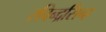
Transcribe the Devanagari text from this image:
रविन्द्रसिन्ह